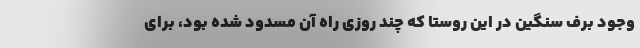
وجود برف سنگین در این روستا که چند روزی راه آن مسدود شده بود، برای